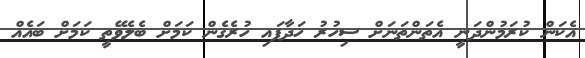
އެކަން ކުރަމުންދަނީ އެތަންތަނަށް ސިހުރު ހަދާފައި ހުރެގެން ކަމަށް ބެލެވޭތީ ކަމަށް ބައެއް